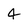
Character: 4